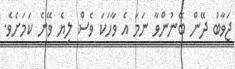
ޖަވާބު ދޭން ބޭނުންވާ ނަމަ އެ ވާހަކަ ވެސް ލިޔެ ވޭނެ ކަމަށެވެ.